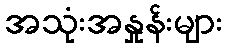
အသုံးအနှုန်းများ